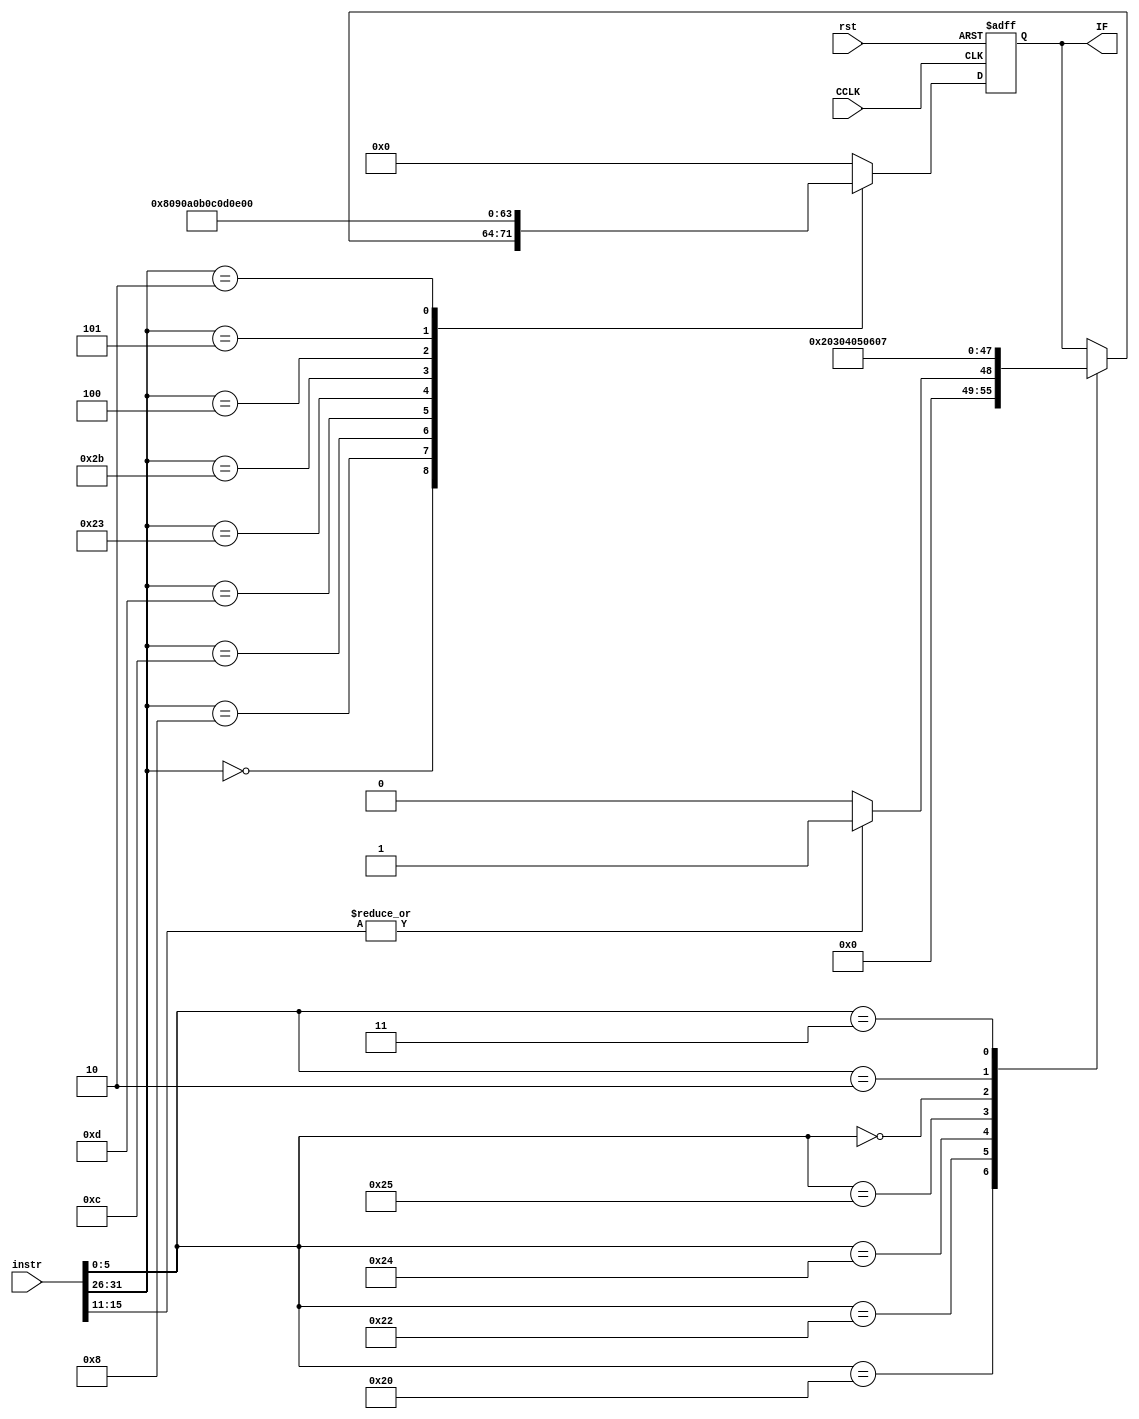
module exin(CCLK,rst,instr,IF
    );
	input CCLK,rst;
	input [31:0] instr;
	output reg [7:0] IF;
	always @(posedge CCLK or posedge rst)
	begin
	if (rst)
		IF=8'd0;
	else
		case(instr[31:26])
		6'b000000:
		begin 
			case(instr[5:0])
			6'b100000:
			begin
				IF=(|instr[15:11])?8'd1:8'd0;
			end
			6'b100010:IF=8'd2;
			6'b100100:IF=8'd3;
			6'b100101:IF=8'd4;
			6'b000000:IF=8'd5;
			6'b000010:IF=8'd6;
			6'b000011:IF=8'd7;
			endcase
		end
		6'b001000:IF=8'd8;
		6'b001100:IF=8'd9;
		6'b001101:IF=8'd10;
		6'b100011:IF=8'd11;
		6'b101011:IF=8'd12;
		6'b000100:IF=8'd13;
		6'b000101:IF=8'd14;
		6'b000010:IF=8'd15;
		default:IF=8'd0;
		endcase
	end
endmodule